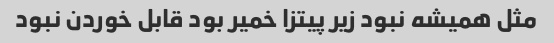
مثل همیشه نبود زیر پیتزا خمیر بود قابل خوردن نبود